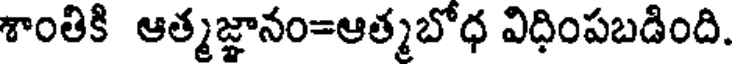
శాంతికి ఆత్మజ్ఞానం=ఆత్మబోధ విధింపబడింది.